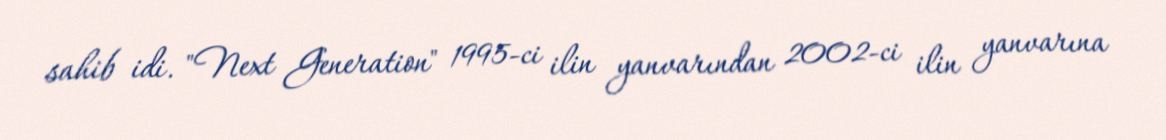
sahib idi. "Next Generation" 1995-ci ilin yanvarından 2002-ci ilin yanvarına